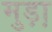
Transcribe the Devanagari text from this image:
मुड़ा़